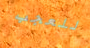
للعجب